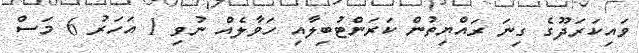
ވައިކަރަދޫގެ ގިނަ ރައްޔިތުން ކަރަންޓުބިލާއި ހަވާލެއް ނުވި 1 އަހަރު 6 މަސް